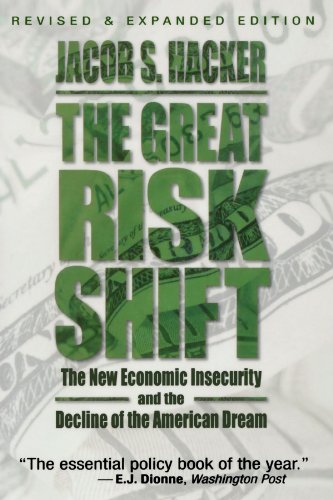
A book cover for The Great Risk Shift: The New Economic Insecurity and the Decline of the American Dream; Jacob S. Hacker; Health, Fitness & Dieting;